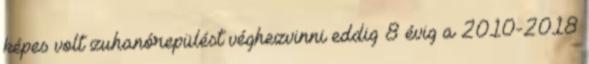
képes volt zuhanórepülést véghezvinni eddig 8 évig a 2010-2018